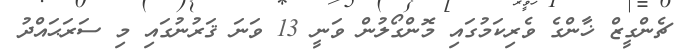
ޗެންގީޒް ޚާންގެ ވެރިކަމުގައި މޮންގޯލުން ވަނީ 13 ވަނަ ޤަރުނުގައި މި ސަރަޙައްދު